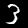
Label: 3